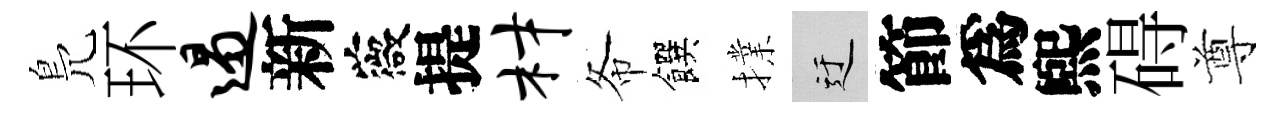
鳬环遏新薇提材𢁙饌擈迂節爲煕碍尊